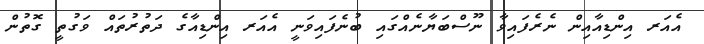
އެއަރ އިންޑިއާއިން ނެރެފައިވާ ނޫސްބަޔާނެއްގައި ބުނެފައިވަނީ އެއަރ އިންޑިއާގެ ދަތުރުތައް ވަގުތީ ގޮތުން